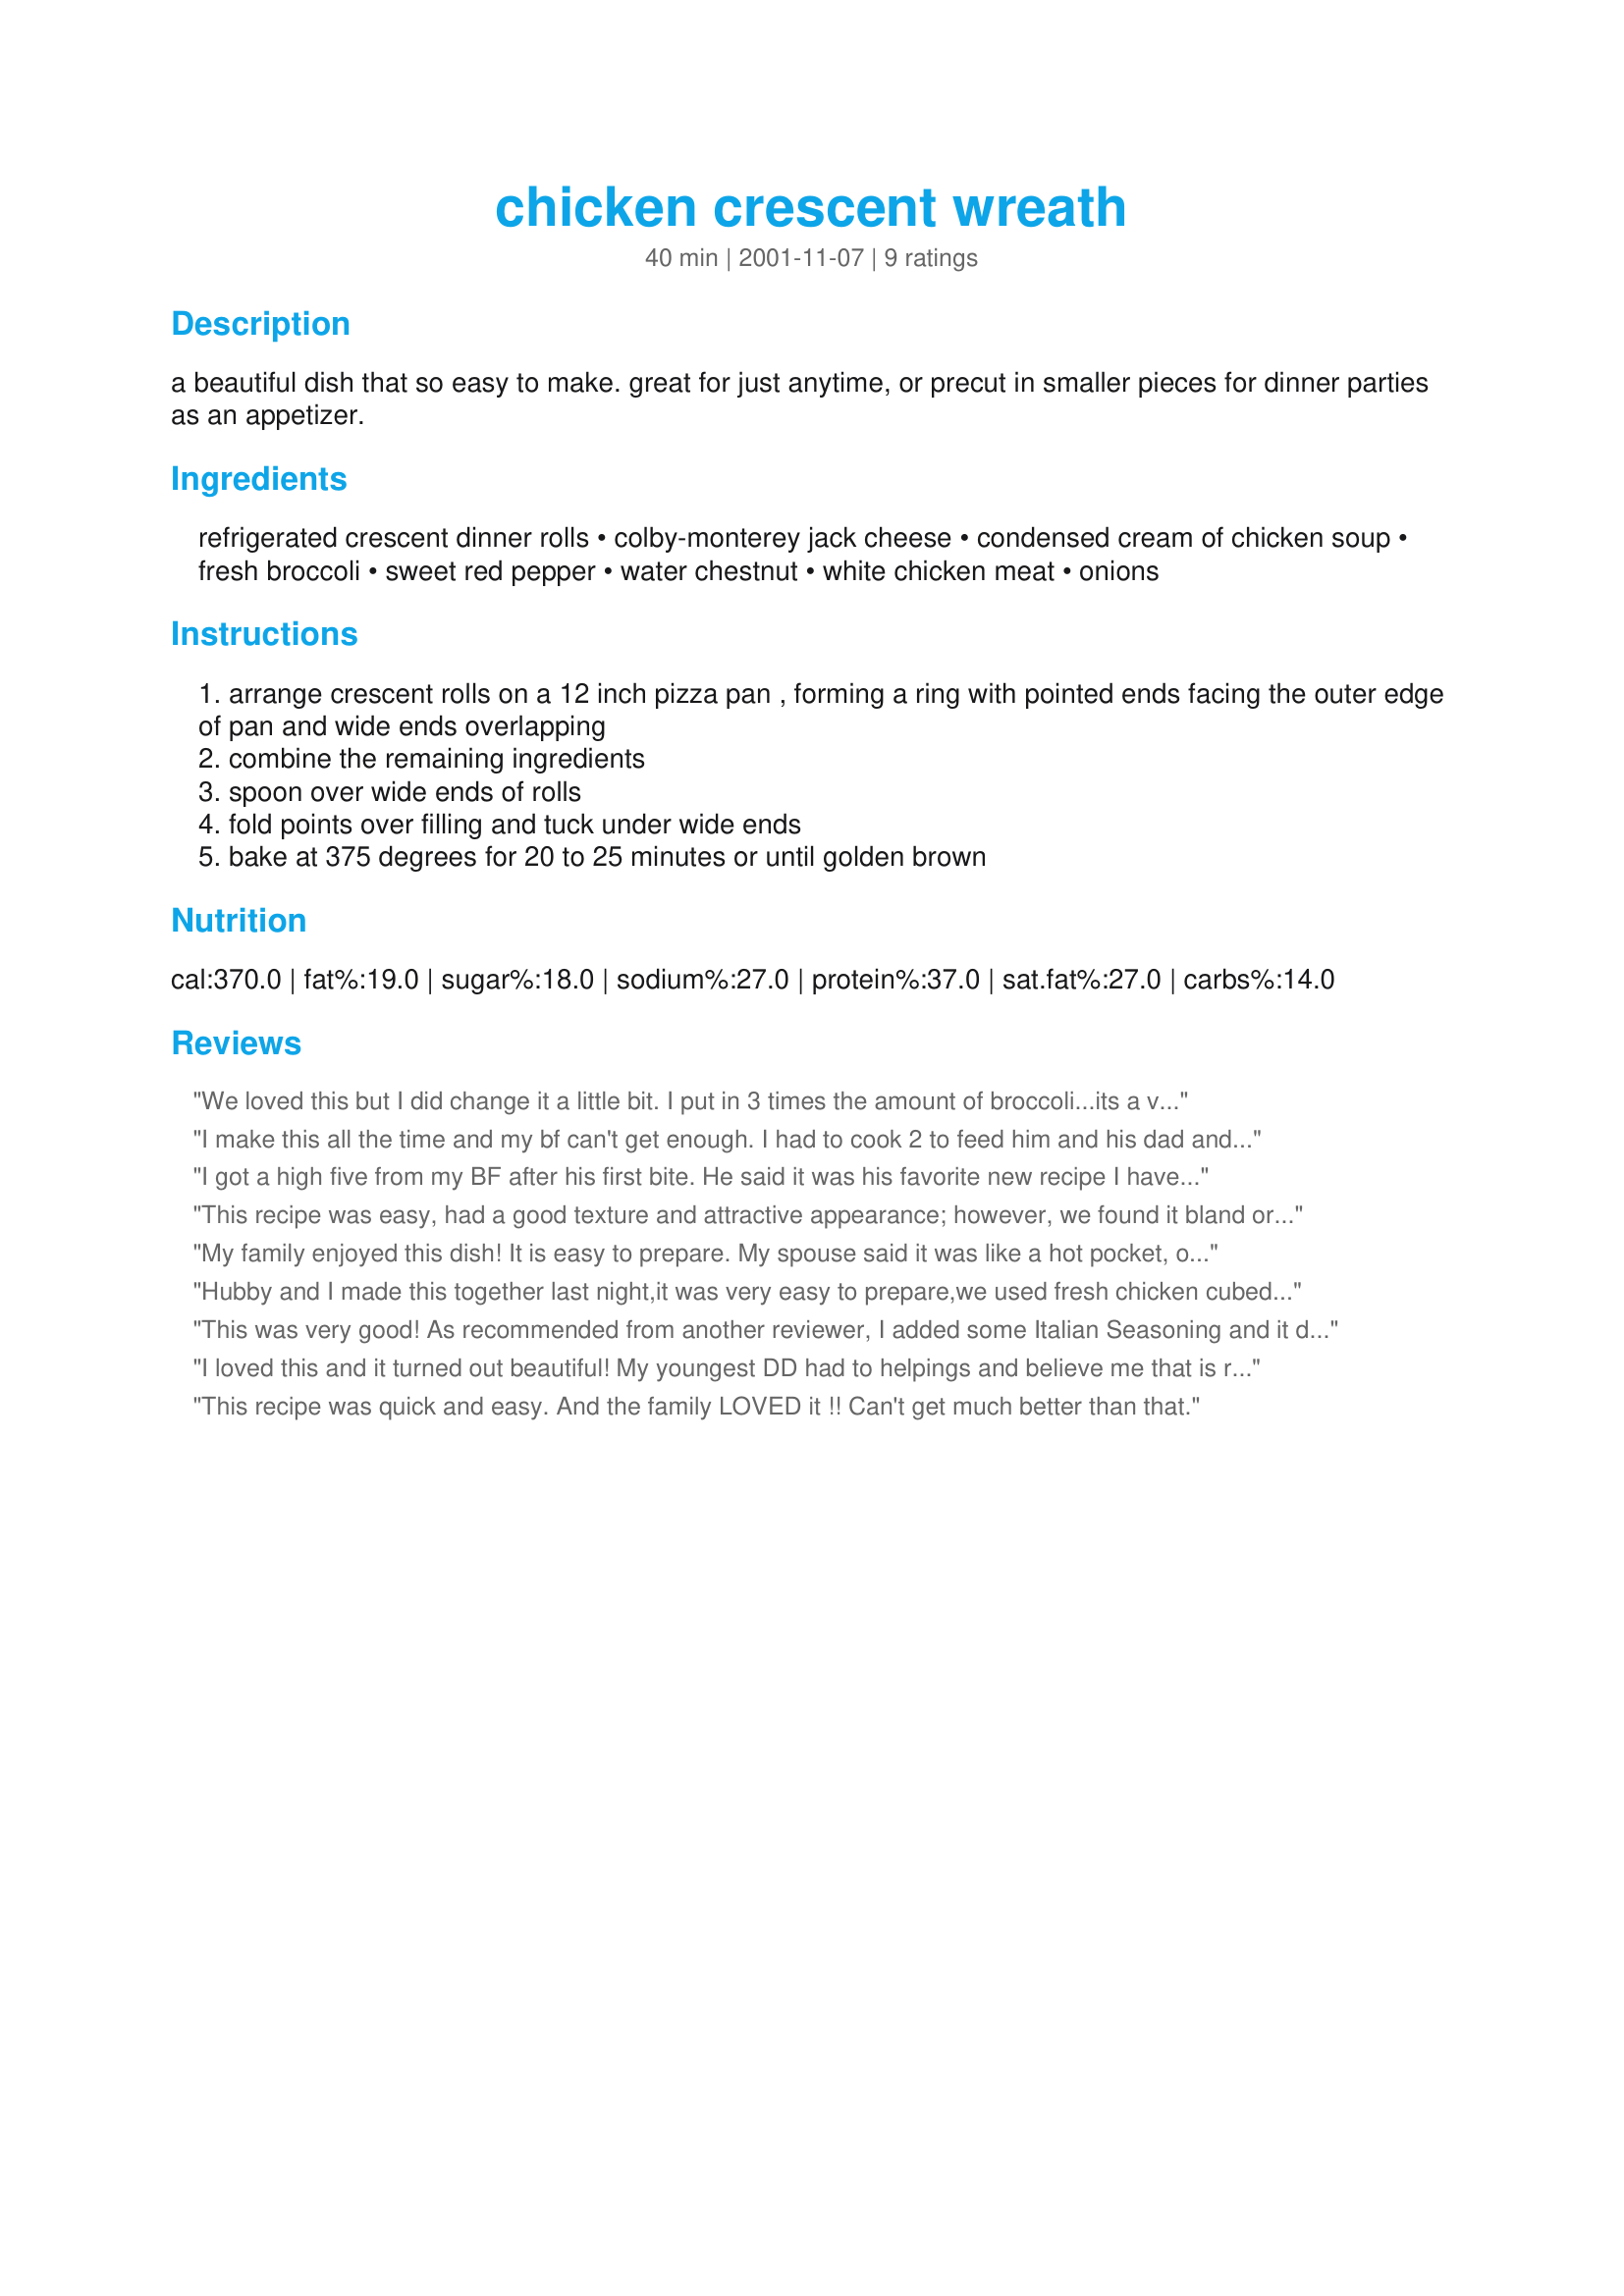
chicken crescent wreath
Preparation time: 40 minutes

a beautiful dish that so easy to make. great for just anytime, or precut in smaller pieces for dinner parties as an appetizer.

Ingredients:
refrigerated crescent dinner rolls, colby-monterey jack cheese, condensed cream of chicken soup, fresh broccoli, sweet red pepper, water chestnut, white chicken meat, onions

Steps:
arrange crescent rolls on a 12 inch pizza pan , forming a ring with pointed ends facing the outer edge of pan and wide ends overlapping
combine the remaining ingredients
spoon over wide ends of rolls
fold points over filling and tuck under wide ends
bake at 375 degrees for 20 to 25 minutes or until golden brown

Reviews:
We loved this but I did change it a little bit. I put in 3 times the amount of broccoli...its a vegetable my kids will eat unlike peppers or water chestnuts. I also used low-fat condensed mushroom soup and low-fat crescent rolls. Still turned out great. My DH says its a keeper. 
Oh, I also used a bit more chicken so it was pretty stuffed!
I make this all the time and my bf can't get enough. I had to cook 2 to feed him and his dad and brother. It's easy, however, my only recommendation is to use cooked chicken breasts rather than canned, you can poach them from frozen or bake them, it will make it 100% better, I don't like it with the canned, but that's my opinion. This is a keeper for sure.
I got a high five from my BF after his first bite. He said it was his favorite new recipe I have made and a definite keeper. It was so easy to make and turned out looking amazing. I added a little italian seasoning and it tasted wonderful.
This recipe was easy, had a good texture and attractive appearance; however, we found it bland or lacking in taste. I will try it again and add some spices. NOTE: I tried recipe again and added 1 tsp. crushed red peppers, 1/4 tsp. cumin, 1/4 tsp. chili powder, and black pepper. We liked it a lot!
My family enjoyed this dish! It is easy to prepare. My spouse said it was like a hot pocket, only better!
 Hubby and I made this together last night,it was very easy to prepare,we used fresh chicken cubed,we did kind of overstuff it with all the veggies plus added some chopped mushrooms,the pointy tips of the cresent roll didnt reach all the way as to tuck in under as we did overfill but they did go over the top pretty nicely and did look beautiful when done as well as tasting delicious.
 Hubby said it was his favorite so far and gives this recipe an 11
 We will be making this again and again for sure!!
 Thanks for a great recipe!! 

This was very good! As recommended from another reviewer, I added some Italian Seasoning and it did add a little more flavor. I sprinkled a few slivered almonds on top just before baking and it came out beautifully. I will be making this again!
I loved this and it turned out beautiful! My youngest DD had to helpings and believe me that is rare! Thanks Nicole for a great recipe.
This recipe was quick and easy. And the family LOVED it !! Can't get much better than that.
